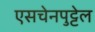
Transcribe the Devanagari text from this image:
एसचेनपुट्टेल